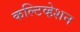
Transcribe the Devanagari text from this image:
कल्टिव्हेशन